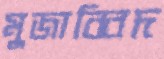
মুজাব্বিদ